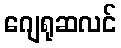
ဂျေရုဆလင်